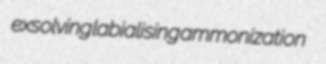
exsolving labialising ammonization